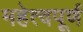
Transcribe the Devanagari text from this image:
महेत्वपूर्ण